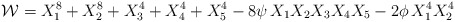
\begin{align*}{\cal W}=X_1^8 + X_2^8 + X_3^4 + X_4^4+ X_5^4 -8\psi \, X_1 X_2 X_3 X_4 X_5-2\phi \, X_1^4 X_2^4\end{align*}